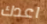
اعدك